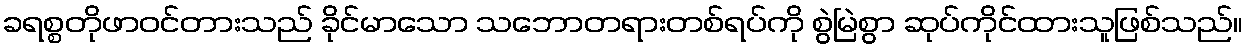
ခရစ္စတိုဖာဝင်တားသည် ခိုင်မာသော သဘောတရားတစ်ရပ်ကို စွဲမြဲစွာ ဆုပ်ကိုင်ထားသူဖြစ်သည်။